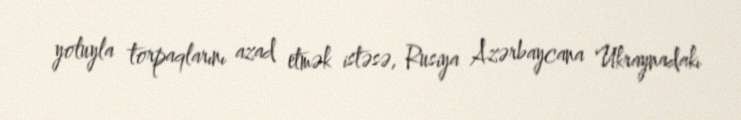
yoluyla torpaqlarını azad etmək istəsə, Rusiya Azərbaycana Ukraynadakı